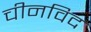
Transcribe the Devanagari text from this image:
चीनविद